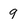
Character: 9